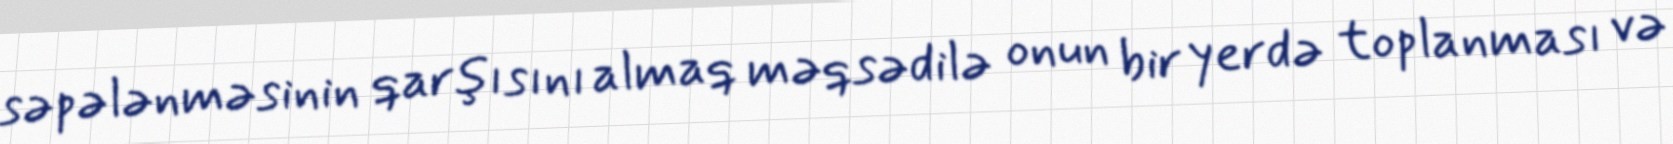
səpələnməsinin qarşısını almaq məqsədilə onun bir yerdə toplanması və